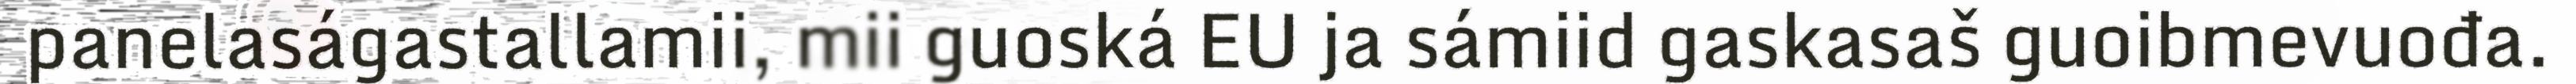
panelaságastallamii, mii guoská EU ja sámiid gaskasaš guoibmevuođa.